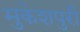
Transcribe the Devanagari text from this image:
मुकेशपुरी